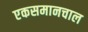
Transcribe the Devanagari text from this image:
एकसमानचाल